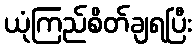
ယုံကြည်စိတ်ချရပြီး